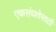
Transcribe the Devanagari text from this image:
एकसंघतेसाठी